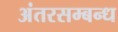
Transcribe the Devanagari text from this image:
अंतरसम्बन्ध